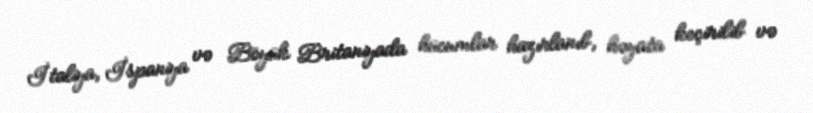
İtaliya, İspaniya və Böyük Britaniyada hücumlar hazırlanıb, həyata keçirilib və